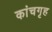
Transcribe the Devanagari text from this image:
कांचगृह